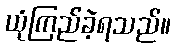
ယုံကြည်ခဲ့ရသည်။